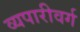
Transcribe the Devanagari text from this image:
व्यपारीवर्ग